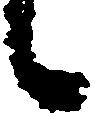
候